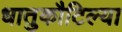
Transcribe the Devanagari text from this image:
धातुकौटिल्या